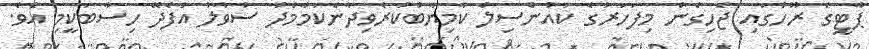
ޕާޓީގެ ރޫހުގައި ޖެހިގެން މިފަހަރުގެ ކައުންސިލް ކާމިޔާބުކުރެވިދާނެކަމާމެދު ސުވާލު އުފެދޭ ހިސާބަކީމި އެވެ.